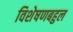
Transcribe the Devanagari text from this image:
विशेषणबहुल